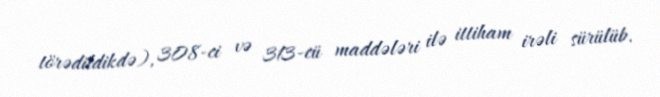
törədildikdə), 308-ci və 313-cü maddələri ilə ittiham irəli sürülüb.